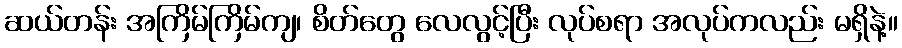
ဆယ်တန်း အကြိမ်ကြိမ်ကျ၊ စိတ်တွေ လေလွင့်ပြီး လုပ်စရာ အလုပ်ကလည်း မရှိနဲ့။